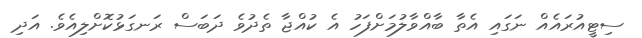
ސިޓީއުރައެއް ނަގައި އެތާ ބާއްވާލުމަށްފަހު އެ ކުއްޖާ ތެދުވެ ދަބަސް ރަނގަޅުކޮށްލިއެވެ. އަދި